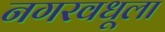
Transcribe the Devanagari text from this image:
नगरवधूला